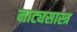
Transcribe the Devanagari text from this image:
नाट्यसास्त्र